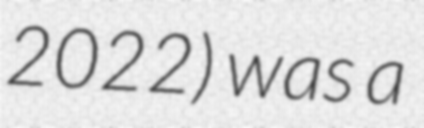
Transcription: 2022) was a